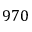
9 7 0